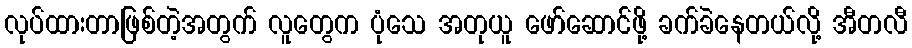
လုပ်ထားတာဖြစ်တဲ့အတွက် လူတွေက ပုံသေ အတုယူ ဖော်ဆောင်ဖို့ ခက်ခဲနေတယ်လို့ အီတလီ